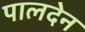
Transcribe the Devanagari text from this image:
पालदेन